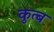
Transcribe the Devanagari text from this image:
कुत्ब